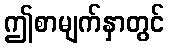
ဤစာမျက်နှာတွင်